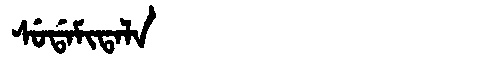
Manchu: ᠰᡠᡩᠠᠮᡳᡨᠠᠯᠠ
Romanization: SUDAMITALA